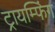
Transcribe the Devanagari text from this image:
ट्रायम्फिंग